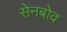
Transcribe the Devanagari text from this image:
सेनबोव